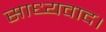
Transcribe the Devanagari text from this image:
साध्यवाद।